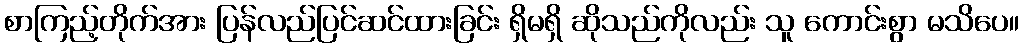
စာကြည့်တိုက်အား ပြန်လည်ပြင်ဆင်ထားခြင်း ရှိမရှိ ဆိုသည်ကိုလည်း သူ ကောင်းစွာ မသိပေ။